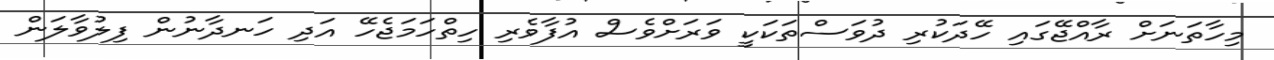
މިހާތަނަށް ރާއްޖޭގައި ހޭދަކުރި ދުވަސްތަކަކީ ވަރަށްވެސް އުފާވެރި ހިތްހަމަޖެހޭ އަދި ހަނދާނުން ފިލުވާލަން